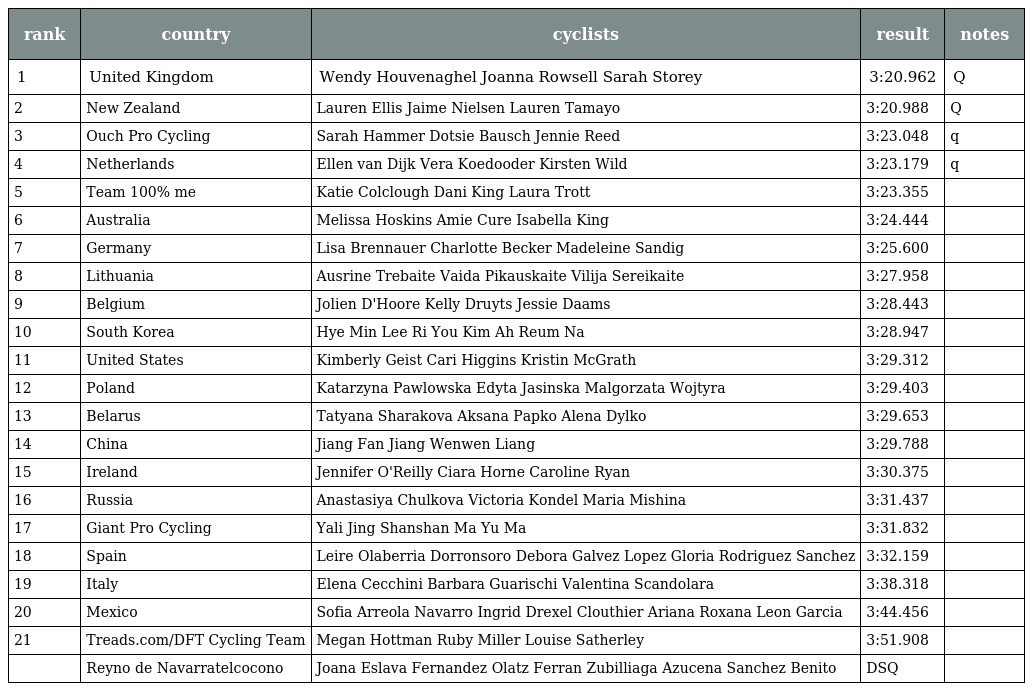
| rank | country | cyclists | result | notes |
 | --- | --- | --- | --- | --- |
 | 1 | United Kingdom | Wendy Houvenaghel Joanna Rowsell Sarah Storey | 3:20.962 | Q |
 | 2 | New Zealand | Lauren Ellis Jaime Nielsen Lauren Tamayo | 3:20.988 | Q |
 | 3 | Ouch Pro Cycling | Sarah Hammer Dotsie Bausch Jennie Reed | 3:23.048 | q |
 | 4 | Netherlands | Ellen van Dijk Vera Koedooder Kirsten Wild | 3:23.179 | q |
 | 5 | Team 100% me | Katie Colclough Dani King Laura Trott | 3:23.355 |  |
 | 6 | Australia | Melissa Hoskins Amie Cure Isabella King | 3:24.444 |  |
 | 7 | Germany | Lisa Brennauer Charlotte Becker Madeleine Sandig | 3:25.600 |  |
 | 8 | Lithuania | Ausrine Trebaite Vaida Pikauskaite Vilija Sereikaite | 3:27.958 |  |
 | 9 | Belgium | Jolien D'Hoore Kelly Druyts Jessie Daams | 3:28.443 |  |
 | 10 | South Korea | Hye Min Lee Ri You Kim Ah Reum Na | 3:28.947 |  |
 | 11 | United States | Kimberly Geist Cari Higgins Kristin McGrath | 3:29.312 |  |
 | 12 | Poland | Katarzyna Pawlowska Edyta Jasinska Malgorzata Wojtyra | 3:29.403 |  |
 | 13 | Belarus | Tatyana Sharakova Aksana Papko Alena Dylko | 3:29.653 |  |
 | 14 | China | Jiang Fan Jiang Wenwen Liang | 3:29.788 |  |
 | 15 | Ireland | Jennifer O'Reilly Ciara Horne Caroline Ryan | 3:30.375 |  |
 | 16 | Russia | Anastasiya Chulkova Victoria Kondel Maria Mishina | 3:31.437 |  |
 | 17 | Giant Pro Cycling | Yali Jing Shanshan Ma Yu Ma | 3:31.832 |  |
 | 18 | Spain | Leire Olaberria Dorronsoro Debora Galvez Lopez Gloria Rodriguez Sanchez | 3:32.159 |  |
 | 19 | Italy | Elena Cecchini Barbara Guarischi Valentina Scandolara | 3:38.318 |  |
 | 20 | Mexico | Sofia Arreola Navarro Ingrid Drexel Clouthier Ariana Roxana Leon Garcia | 3:44.456 |  |
 | 21 | Treads.com/DFT Cycling Team | Megan Hottman Ruby Miller Louise Satherley | 3:51.908 |  |
 |  | Reyno de Navarratelcocono | Joana Eslava Fernandez Olatz Ferran Zubilliaga Azucena Sanchez Benito | DSQ |  |